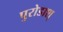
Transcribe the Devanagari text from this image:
पुरोडाश्